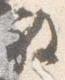
放